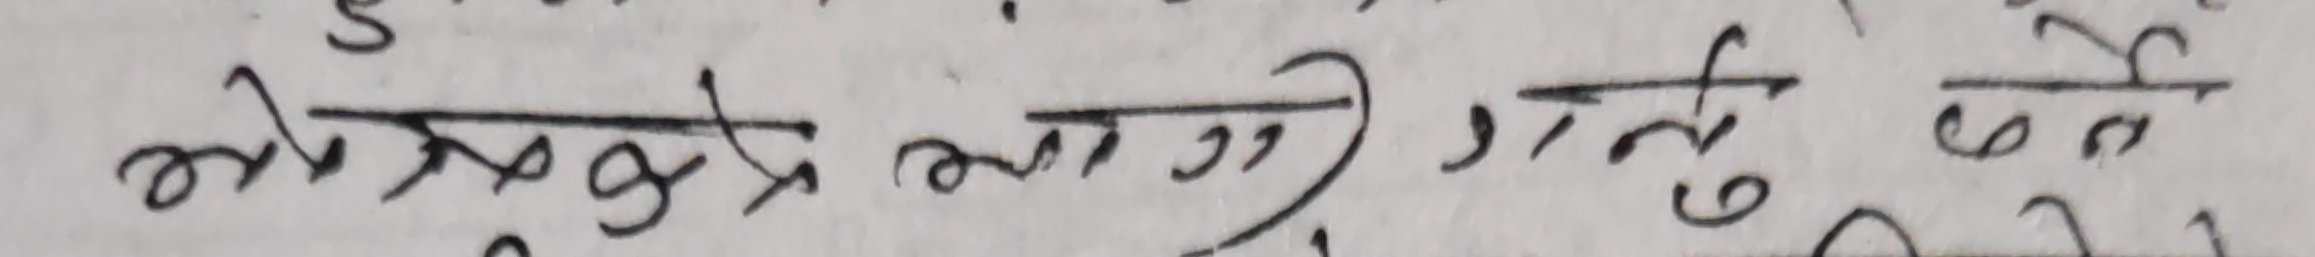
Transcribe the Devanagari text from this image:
मेरुदण्ड लाग्ने रोगहरु